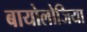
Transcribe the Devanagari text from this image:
बायोलोजिया